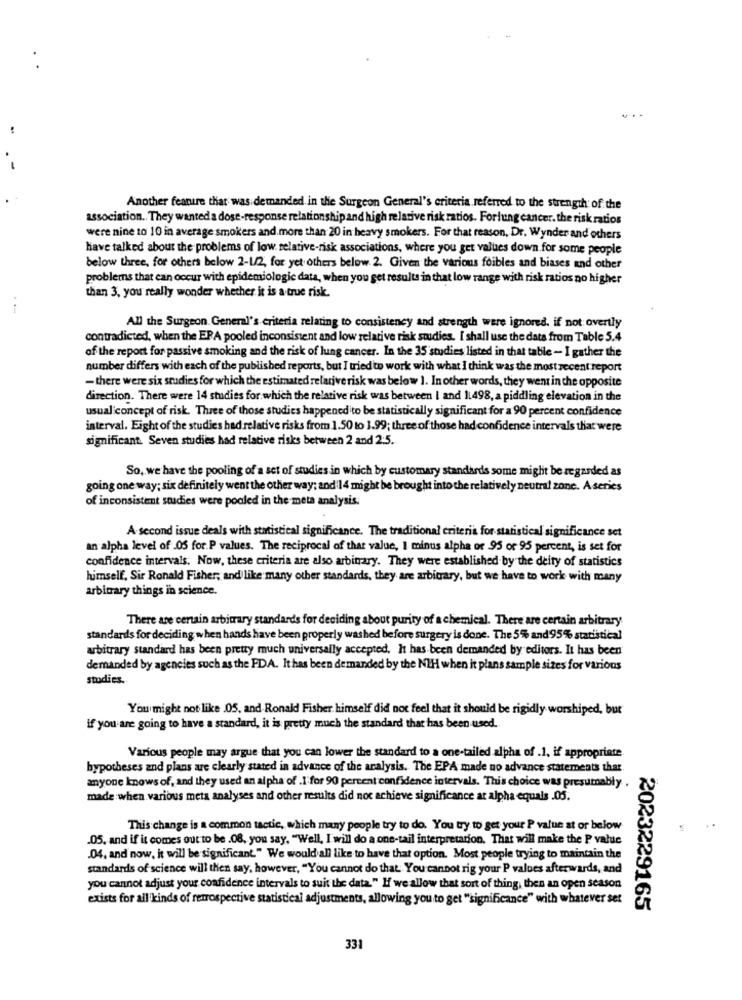
. ..
Another feature that was demanded in the Surgeon General's criteria referred to the strength of the
association .. They wanted a dose-response relationship and high relative risk ratios. Forlung cancer. the risk ratios
were nine 10 10 in average smokers and.more than 20 in heavy smokers. For that reason, Dr. Wynder and others
have talked about the problems of low relative-risk associations, where you get values down for some people
below three, for others below 2-1/2, for yet others below 2. Given the various foibles and biases and other
problems that can occur with epidemiologic data, when you get results in that low range with risk ratios no higher
than 3, you really wonder whether it is a true risk.
All the Surgeon General's criteria relating to consistency and strength were ignored. if not overtly
contradicted, when the EPA pooled inconsistent and low relative risk studies. I shall use the data from Table 5.4
of the report for passive smoking and the risk of lung cancer. In the 35 studies listed in that table - I gather the
number differs with each of the published reports, but I tried to work with what I think was the most recent report
- there were six studies for which the estimated relative risk was below 1. In other words, they went in the opposite
direction. There were 14 studies for which the relative risk was between I and 1.498, a piddling elevation in the
usual concept of risk. Three of those studies happenedito be statistically significant for a 90 percent confidence
interval. Eight of the studies had relative risks from 1.50 to 1.99; three of those had confidence intervals that were
significant. Seven studies had relative risks between 2 and 2:5.
So, we have the pooling of a set of studies in which by customary standards some might be regarded as
going one way; six definitely went the other way; and 14 might be brought into the relatively neutral zone. A series
of inconsistent studies were pooled in the meta analysis.
A second issue deals with statistical significance. The traditional criteria for statistical significance set
an alpha level of 05 for.P values. The reciprocal of that value, I minus alpha or 95 or 95 percent, is set for
confidence intervals. Now, these criteria are also arbitrary. They were established by the deity of statistics
himself, Sir Ronald Fisher, and like many other standards, they are arbitrary, but we have to work with many
arbitrary things in science.
There are certain arbitrary standards for deciding about purity of a chemical. There are certain arbitrary
standards for deciding when hands have been properly washed before surgery is done. The 5% and 95% statistical
arbitrary standard has been pretty much universally accepted, It has been demanded by editors. It has been
demanded by agencies such as the FDA. It has been demanded by the NIH when it plans sample sites for various
studies.
You might not like .05, and Ronald Fisher himself did not feel that it should be rigidly worshiped, but
if you are going to have a standard, it is pretty much the standard that has been used.
Various people may argue that you can lower the standard to a one-tailed alpha of .1, if appropriate.
bypotheses and plans are clearly stated in advance of the aralysis. The EPA made no advance statements that.
anyone knows of, and they used an alpha of .I for 90 percent confidence intervals. This choice was presumably .
made when various meta analyses and other results did not achieve significance at alpha equals .05.
This change is a common tactic, which many people try to do. You try to get your P value at or below
.05. and if it comes out to be .08, you say, "Well, I will do a one-tail interpretation. That will make the P value
.04. and now, it will be significant." We would all like to have that option. Most people trying to maintain the
standards of science will then say, however, "You cannot do that You cannot rig your P values afterwards, and
you cannot adjust your confidence intervals to suit the data." I we allow that sort of thing, then an open season
exists for all kinds of retrospective statistical adjustments, allowing you to get "significance" with whatever set
2023229165
331